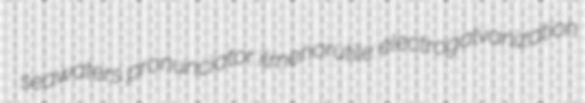
seawaters pronunciator ilmenorutile electrogalvanization